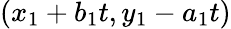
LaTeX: (x_{1}+b_{1}t,y_{1}-a_{1}t)